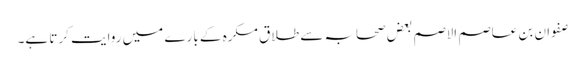
صفوان بن عاصم الاصم بعض صحابہ سے طلاق مکرہ کے بارے میں روایت کرتا ہے۔